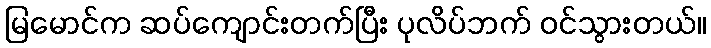
မြမောင်က ဆပ်ကျောင်းတက်ပြီး ပုလိပ်ဘက် ဝင်သွားတယ်။